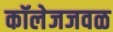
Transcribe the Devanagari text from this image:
कॉलेजजवळ